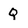
Character: Q